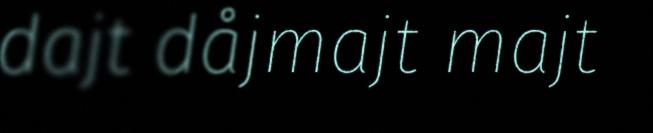
dajt dåjmajt majt